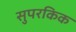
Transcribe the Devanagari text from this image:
सुपरकिक